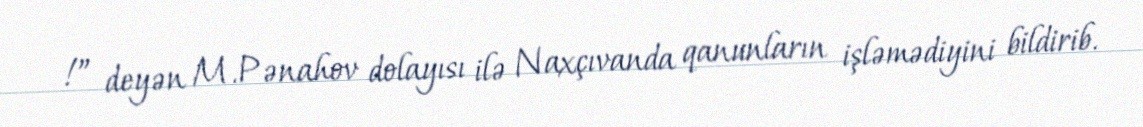
!” deyən M.Pənahov dolayısı ilə Naxçıvanda qanunların işləmədiyini bildirib.